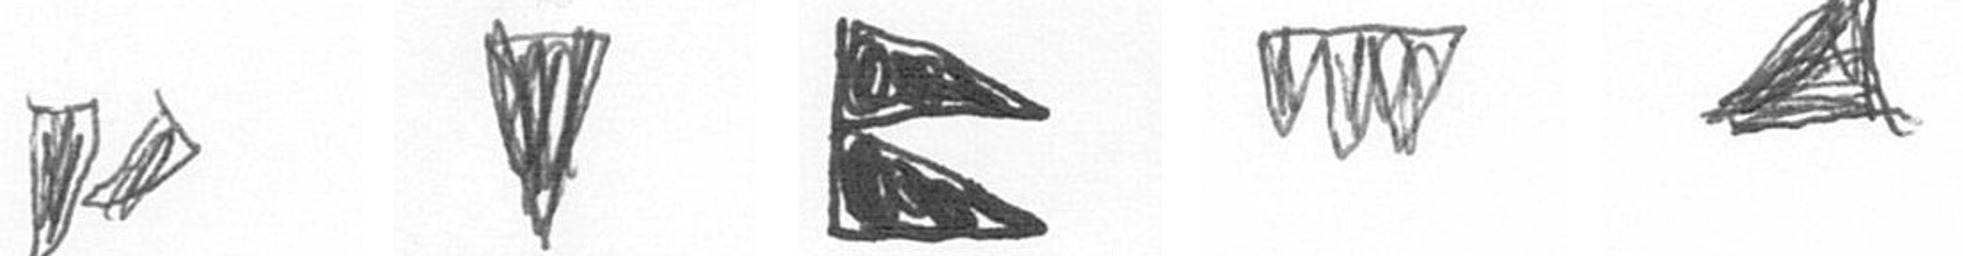
F J P L O